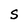
Character: S